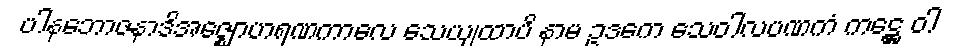
ပါနဘောဇနာဒိအဇ္ဈောဟရဏကာလေ သေယျထာပိ နာမ ဥဒကေ သေဝါလပဏကံ ကဋ္ဌေ ဝါ